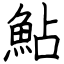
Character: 鮎